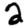
Digit: 2